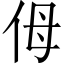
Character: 㑄